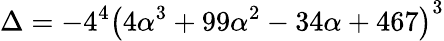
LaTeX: \Delta=-4^{4}\left(4\alpha^{3}+99\alpha^{2}-34\alpha+467\right)^{3}